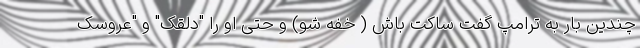
چندین بار به ترامپ گفت ساکت باش ( خفه شو) و حتی او را "دلقک" و "عروسک